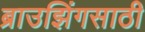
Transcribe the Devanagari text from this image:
ब्राउझिंगसाठी